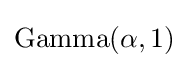
{\text{Gamma}}(\alpha ,1)